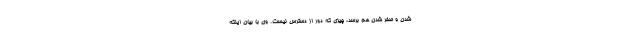
شدن و صفر شدن هم برسد، چیزی که دور از دسترس نیست. وی با بیان اینکه